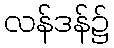
လန်ဒန်၌